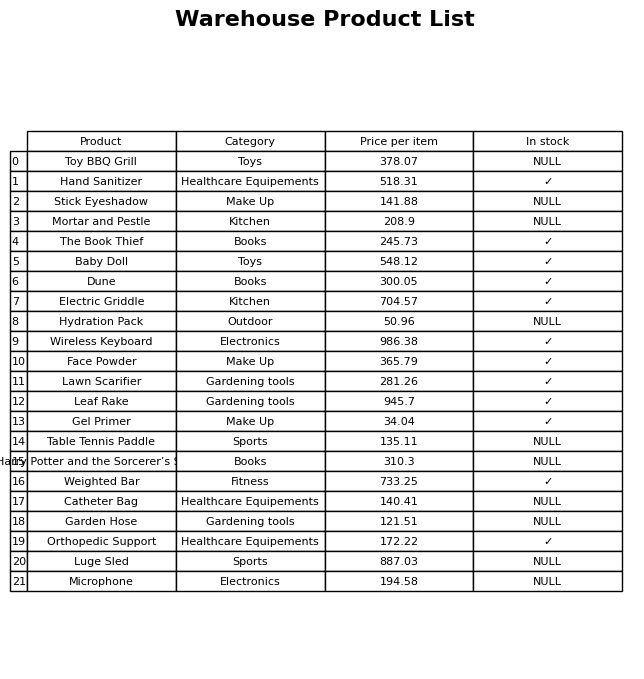
question: What is the price for Dune?
answer: The price of Dune is 300.05.